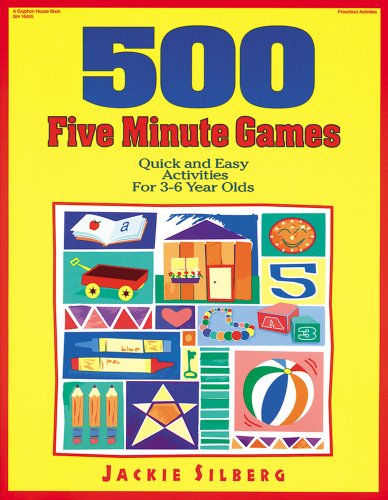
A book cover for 500 Five Minute Games: Quick and Easy Activities for 3-6 Year Olds; Jackie Silberg; Parenting & Relationships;